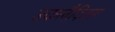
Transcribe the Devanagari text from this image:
उकलैदितस